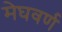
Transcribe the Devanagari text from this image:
मेघवर्ण